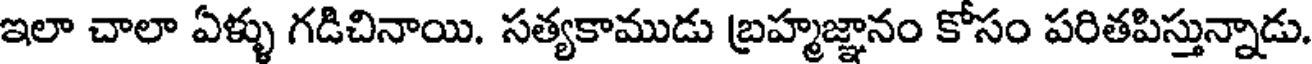
ఇలా చాలా ఏళ్ళు గడిచినాయి. సత్యకాముడు బ్రహ్మజ్ఞానం కోసం పరితపిస్తున్నాడు.